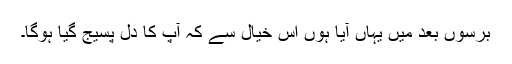
برسوں بعد میں یہاں آیا ہوں اس خیال سے کہ آپ کا دل پسیج گیا ہوگا۔